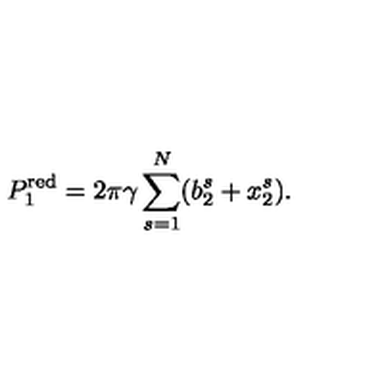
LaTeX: P _ { 1 } ^ { \mathrm { r e d } } = 2 \pi \gamma \sum _ { s = 1 } ^ { N } ( b _ { 2 } ^ { s } + x _ { 2 } ^ { s } ) .